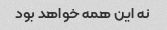
نه این همه خواهد بود